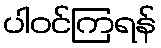
ပါဝင်ကြရန်